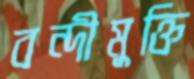
বন্দীমুক্তি